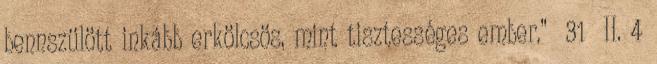
bennszülött inkább erkölcsös, mint tisztességes ember.” 31 II. 4